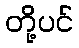
တို့ပင်